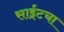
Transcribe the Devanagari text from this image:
साईटचा